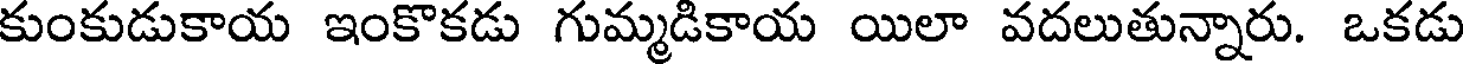
కుంకుడుకాయ ఇంకొకడు గుమ్మడికాయ యిలా వదలుతున్నారు. ఒకడు